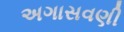
અગાસવણી